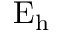
\mathrm { E _ { h } }